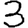
Digit: 3